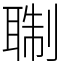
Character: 䎺